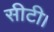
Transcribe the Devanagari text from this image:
सीटी।